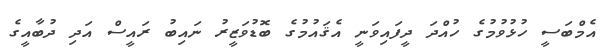
އެމްބަސީ ހުޅުވުމުގެ ހުއްދަ ދީފައިވަނީ އެޤައުމުގެ ބޮޑުވަޒީރު ނައިބު ރައީސް އަދި ދުބާއީގެ